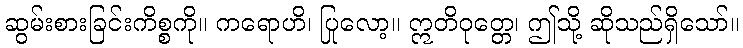
ဆွမ်းစားခြင်းကိစ္စကို။ ကရောဟိ၊ ပြုလော့။ ဣတိဝုတ္တေ၊ ဤသို့ ဆိုသည်ရှိသော်။